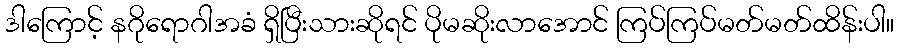
ဒါကြောင့် နဂိုရောဂါအခံ ရှိပြီးသားဆိုရင် ပိုမဆိုးလာအောင် ကြပ်ကြပ်မတ်မတ်ထိန်းပါ။